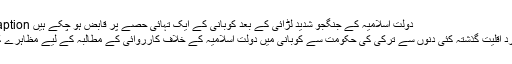
Image caption دولت اسلامیہ کے جنگجو شدید لڑائی کے بعد کوبانی کے ایک تہائی حصّے پر قابض ہو چکے ہیں
ترکی کی کرد اقلیت گذشتہ کئی دنوں سے ترکی کی حکومت سے کوبانی میں دولت اسلامیہ کے خلاف کارروائی کے مطالبہ کے لیے مظاہرے کر رہی ہے۔